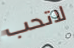
لاتحب